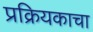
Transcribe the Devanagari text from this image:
प्रक्रियकाचा